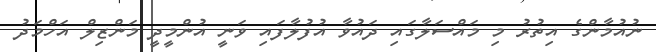
ނުއުމާންގެ އިތުރު މި މައްސަލާގައި ދައުވާ އުފުލާފައި ވަނީ އުންމީދީ މަންޒިލް އަހްމަދު